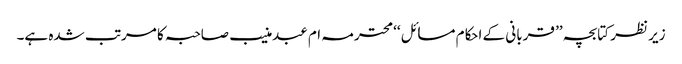
زیر نظر کتابچہ ’’ قربانی کے احکام مسائل ‘‘ محترمہ ام عبدمنیب صاحبہ کا مرتب شدہ ہے۔